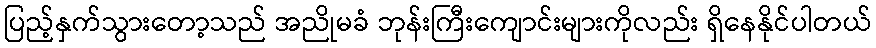
ပြည့်နှက်သွားတော့သည် အညိုမခံ ဘုန်းကြီးကျောင်းများကိုလည်း ရှိနေနိုင်ပါတယ်